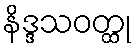
နိဒ္ဒသဝတ္ထု